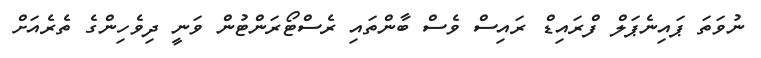
ނުވަތަ ޕައިނެޕަލް ފްރައިޑް ރައިސް ވެސް ބާންތައި ރެސްޓޯރަންޓުން ވަނީ ދިވެހިންގެ ތެރެއަށް